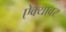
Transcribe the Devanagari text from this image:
ऐक्यावर